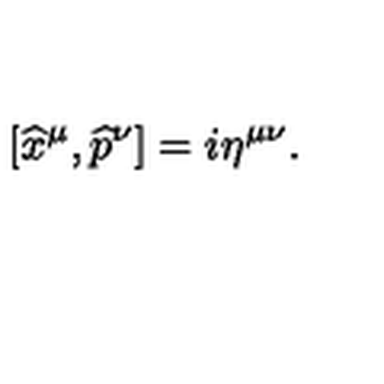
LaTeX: [ \widehat { x } ^ { \mu } , \widehat { p } ^ { \nu } ] = i \eta ^ { \mu \nu } .